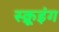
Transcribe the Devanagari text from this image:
स्क्रूइंग